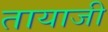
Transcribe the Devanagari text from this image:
तायाजी